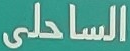
الساحلى